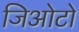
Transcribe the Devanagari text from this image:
जिओटो